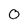
Character: o